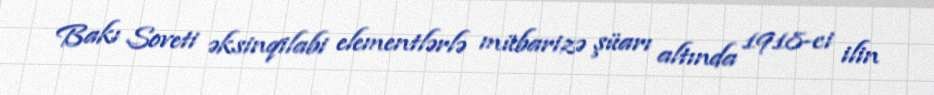
Bakı Soveti əksinqilabi elementlərlə mübarizə şüarı altında 1918-ci ilin